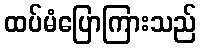
ထပ်မံပြောကြားသည်